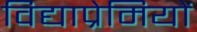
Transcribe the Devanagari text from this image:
विद्याप्रेमियों